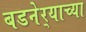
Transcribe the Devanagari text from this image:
बडनेर्‍याच्या